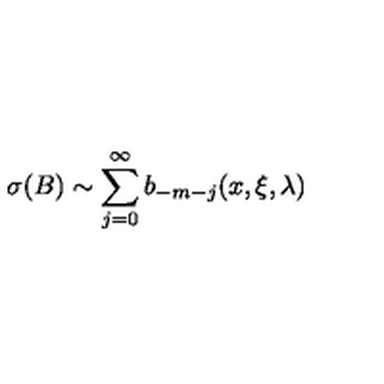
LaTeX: \sigma ( B ) \sim \sum _ { j = 0 } ^ { \infty } b _ { - m - j } ( x , \xi , \lambda ) \,